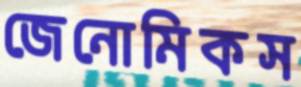
জেনোমিকস